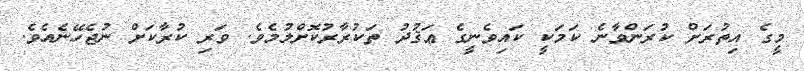
މީގެ އިތުރަށް ކުރަންވާނެ ކަމަކީ ކައިވެނީގެ ޢަޤުދު ތަކުރާރުކޮށްލުމެވެ. ވަރި ކުރާކަށް ނުޖެހޭނެއެވެ.